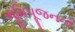
ભૂમિપૂજનનો